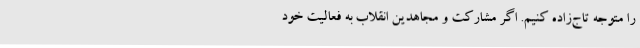
را متوجه تاج‌زاده کنیم. اگر مشارکت و مجاهدین انقلاب به فعالیت خود